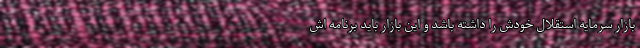
بازار سرمایه استقلال خودش را داشته باشد و این بازار باید برنامه اش